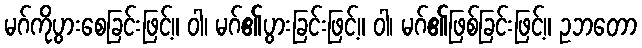
မဂ်ကိုပွားစေခြင်းဖြင့်။ ဝါ၊ မဂ်၏ပွားခြင်းဖြင့်။ ဝါ၊ မဂ်၏ဖြစ်ခြင်းဖြင့်။ ဥဘတော